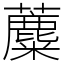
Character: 蘪